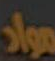
مواد